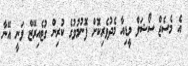
އެ މެސެޖް ސޯޝަލް މީޑިއާ މެދުވެރިކޮށް ފޮނުމުވުގެ ކުރިން ގުޓެއިރޭޒް ވަނީ އޭނާ